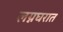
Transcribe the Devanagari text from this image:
लग्नघरात